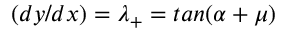
( d y / d x ) = \lambda _ { + } = t a n ( \alpha + \mu )